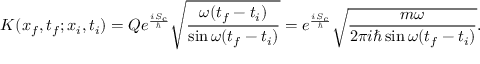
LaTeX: K ( x _ { f } , t _ { f } ; x _ { i } , t _ { i } ) = Q e ^ { \frac { i S _ { \mathrm { c } } } { \hbar } } { \sqrt { \frac { \omega ( t _ { f } - t _ { i } ) } { \sin \omega ( t _ { f } - t _ { i } ) } } } = e ^ { \frac { i S _ { c } } { \hbar } } { \sqrt { \frac { m \omega } { 2 \pi i \hbar \sin \omega ( t _ { f } - t _ { i } ) } } } .